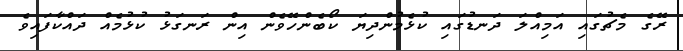
ރޭގެ މެޗުގައި އަމިއްލަ ދަނޑުގައި ކުޅެމުންދިޔަ ކޯބެންހޭވެން އިން ރަނގަޅު ކުޅުމެއް ދައްކާފައިވެ